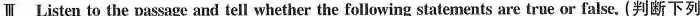
Ⅲ Listen to the passage and tell whether the following statements are true or false. (判断下列